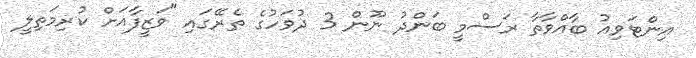
އިންޓަވިއު ބާއްވާތާ ރަސްމީ ބަންދު ނޫން 3 ދުވަހުގެ ތެރޭގައި "ވަޒީފާއަށް ކުރިމަތިލީ